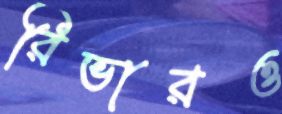
রিভারও